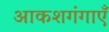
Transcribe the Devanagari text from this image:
आकशगंगाएँ